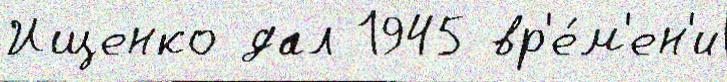
Ищенко дал 1945 вр'е́м'ен'и